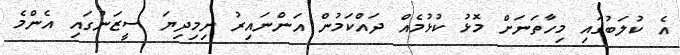
އެ ކުލަބުގައި މިހާތަނަށް މޮޅު ކުޅުމެއް ދައްކަމުން އަންނައިރު ނިމިދިޔަ ސީޒަނުގައި އެންމެ